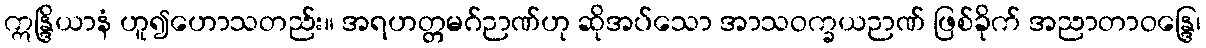
ဣန္ဒြိယာနံ ဟူ၍ဟောသတည်း။ အရဟတ္တမဂ်ဉာဏ်ဟု ဆိုအပ်သော အာသဝက္ခယဉာဏ် ဖြစ်ခိုက် အညာတာဝန္ဒြေ၊